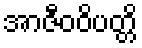
အာဇီဝဝိပတ္တိ